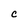
Character: C